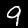
Digit: 9